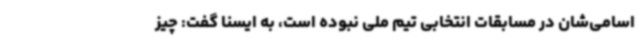
اسامی‌شان در مسابقات انتخابی تیم ملی نبوده است، به ایسنا گفت: چیز